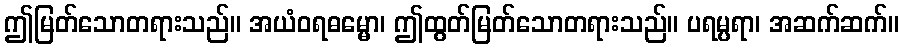
ဤမြတ်သောတရားသည်။ အယံဝရဓမ္မော၊ ဤထွတ်မြတ်သောတရားသည်။ ပရမ္ပရာ၊ အဆက်ဆက်။